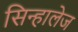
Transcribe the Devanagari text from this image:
सिन्हालेज